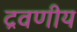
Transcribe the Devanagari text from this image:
द्रवणीय